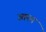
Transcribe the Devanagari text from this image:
उतपन